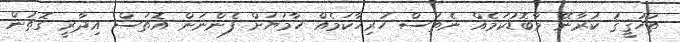
ތަހުޤީޤު ކުރާނޭ މާބޮޑުކަމެއް ނެތަސް ހުރިހާކަމެއް ހާމަޔަށް ފެންނަން އޮތަސް އިދާރީ ގޮތުން